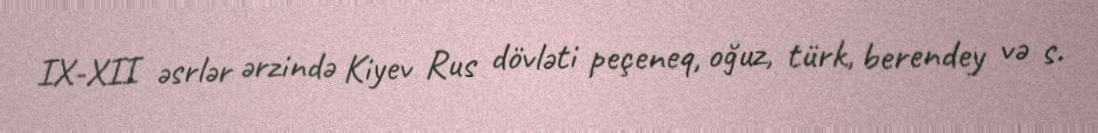
IX-XII əsrlər ərzində Kiyev Rus dövləti peçeneq, oğuz, türk, berendey və s.